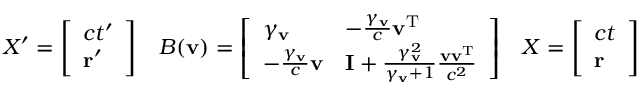
X ^ { \prime } = { \left[ \begin{array} { l } { c t ^ { \prime } } \\ { \mathbf { r } ^ { \prime } } \end{array} \right] } \quad B ( \mathbf { v } ) = { \left[ \begin{array} { l l } { \gamma _ { \mathbf { v } } } & { - { \frac { \gamma _ { \mathbf { v } } } { c } } \mathbf { v } ^ { \mathrm { T } } } \\ { - { \frac { \gamma _ { \mathbf { v } } } { c } } \mathbf { v } } & { \mathbf { I } + { \frac { \gamma _ { \mathbf { v } } ^ { 2 } } { \gamma _ { \mathbf { v } } + 1 } } { \frac { \mathbf { v v } ^ { \mathrm { T } } } { c ^ { 2 } } } } \end{array} \right] } \quad X = { \left[ \begin{array} { l } { c t } \\ { \mathbf { r } } \end{array} \right] }